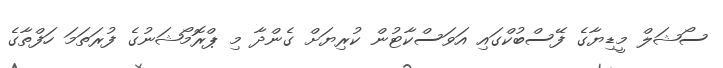
ސޯޝަލް މީޑިޔާގެ ފޭސްބުކްގައި އަވަސްކާޓުން ކުރިޔަށް ގެންދާ މި ޕްރޮމޯޝަނުގެ ފުރަތަމަ ހަފްތާގެ